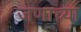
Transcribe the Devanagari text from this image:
जणाच्या